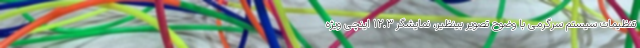
تنظیمات سیستم سرگرمی با وضوح تصویر بینظیر، نمایشگر 12.3 اینچی ویژه